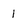
Character: i